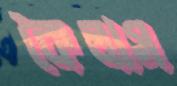
কৈলাস